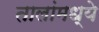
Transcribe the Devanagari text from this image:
तालांमध्ये